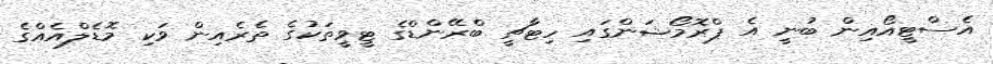
އެސްޓީއޯއިން ބުނީ އެ ޕްރޮމޯޝަންގައި ހިޓާޗީ ބްރޭންޑްގެ ޓީވީތަކުގެ ތެރެއިން ވަކި މޮޑެލްއެއްގެ